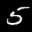
Label: 5